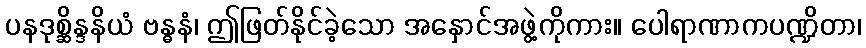
ပနဒုစ္ဆိန္ဒနိယံ ဗန္ဓနံ၊ ဤဖြတ်နိုင်ခဲ့သော အနှောင်အဖွဲ့ကိုကား။ ပေါရာဏာကပဏ္ဍိတာ၊